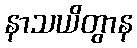
နာသယိတွာန